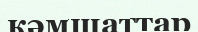
кәмшаттар